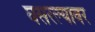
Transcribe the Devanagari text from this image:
घसरल्यावर